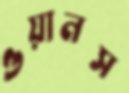
ওয়ানস